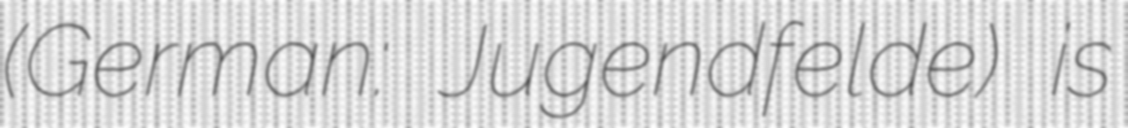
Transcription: (German: Jugendfelde) is